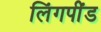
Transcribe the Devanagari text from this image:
लिंगपींड